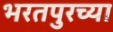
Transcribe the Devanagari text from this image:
भरतपुरच्या